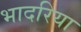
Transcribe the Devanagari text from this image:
भादरिया